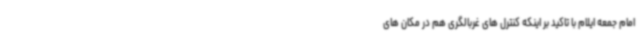
امام جمعه ایلام با تاکید بر اینکه کنترل های غربالگری هم در مکان های